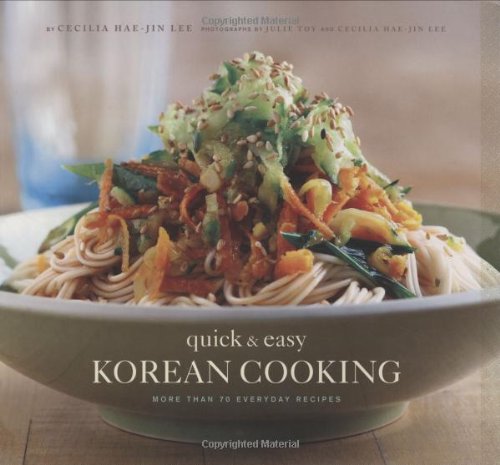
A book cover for Quick and Easy Korean Cooking (Gourmet Cook Book Club Selection); Cecilia Hae-Jin Lee; Cookbooks, Food & Wine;